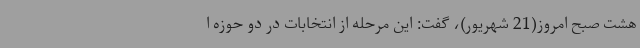
هشت صبح امروز(21 شهریور)، گفت: این مرحله از انتخابات در دو حوزه ا